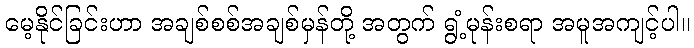
မေ့နိုင်ခြင်းဟာ အချစ်စစ်အချစ်မှန်တို့ အတွက် ရွံ့မုန်းစရာ အမူအကျင့်ပါ။